Scottish Certificate of Education, 1963
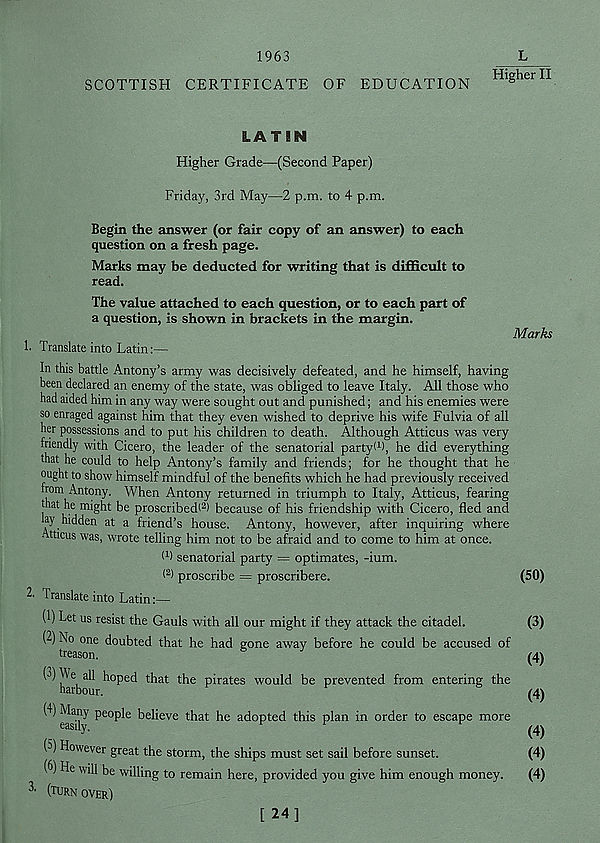
SCOTTISH CERTIFICATE OF EDUCATION
Higher II
LATIN
Higher Grade—(Second Paper)
Friday, 3rd May—2 p.m. to 4 p.m.
Begin the answer (or fair copy of an answer) to each
question on a fresh page.
Marks may be deducted for writing that is difficult to
read.
The value attached to each question, or to each part of
a question, is shown in brackets in the margin.
h Translate into Latin:—
Marks
In this battle Antony’s army was decisively defeated, and he himself, having
been declared an enemy of the state, was obliged to leave Italy. All those who
had aided him in any way were sought out and punished; and his enemies were
so enraged against him that they even wished to deprive his wife Fulvia of all
her possessions and to put his children to death. Although Atticus was very
friendly with Cicero, the leader of the senatorial party! 1 ), he did everything
that he could to help Antony’s family and friends; for he thought that he
ought to show himself mindful of the benefits which he had previously received
from Antony. When Antony returned in triumph to Italy, Atticus, fearing
that he might be proscribed! 2 ) because of his friendship with Cicero, fled and
lay hidden at a friend’s house. Antony, however, after inquiring where
Atticus was, wrote telling him not to be afraid and to come to him at once.
t 1 ) senatorial party = optimates, -ium.
t 2 ) proscribe = proscribere.
2. Translate into Latin:—
(1) Let us resist the Gauls with all our might if they attack the citadel.
(~) No one doubted that he had gone away before he could be accused of
treason.
^ h^b^
t ' :lat t^le P lrates would be prevented from entering the
(1) Many people believe that he adopted this plan in order to escape more
easily.
(5) However great the storm, the ships must set sail before sunset.
(6) He will be willing to remain here, provided you give him enough money.
(TURN over)
(50)
(3)
(4)
(4)
(4)
(4)
(4)